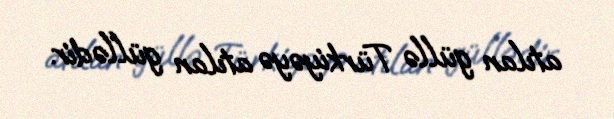
atılan güllə Türkiyəyə atılan güllədir.